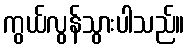
ကွယ်လွန်သွားပါသည်။